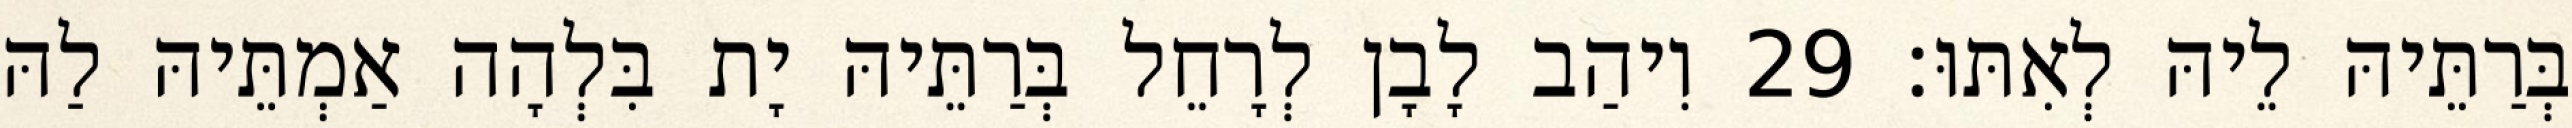
בְּרַתֵּיהּ לֵיהּ לְאִתּוּ׃ 29 וִיהַב לָבָן לְרָחֵל בְּרַתֵּיהּ יָת בִּלְהָה אַמְתֵּיהּ לַהּ